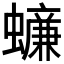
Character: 𧒲